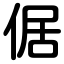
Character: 倨